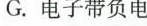
G.电子带负电